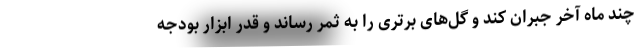
چند ماه آخر جبران کند و گل‌های برتری را به ثمر رساند و قدر ابزار بودجه